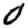
Digit: 0